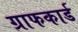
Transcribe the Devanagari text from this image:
ग्राफकार्ड